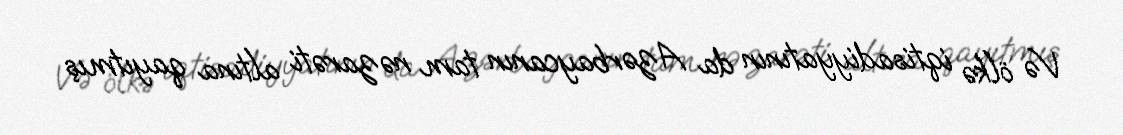
Və ölkə iqtisadiyyatının da Azərbaycanın tam nəzarəti altına qayıtmış